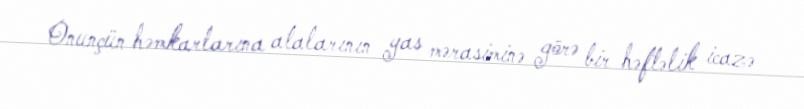
Onunçün həmkarlarına atalarının yas mərasiminə görə bir həftəlik icazə